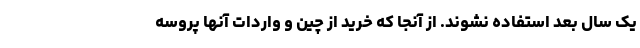
یک سال بعد استفاده نشوند. از آنجا که خرید از چین و واردات آنها پروسه